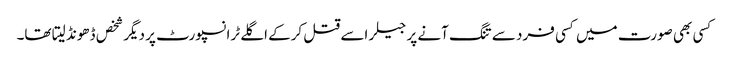
کسی بھی صورت میں کسی فرد سے تنگ آنے پر جیلر اسے قتل کرکے اگلے ٹرانسپورٹ پر دیگر شخص ڈھونڈ لیتا تھا۔